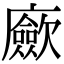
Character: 𢌃